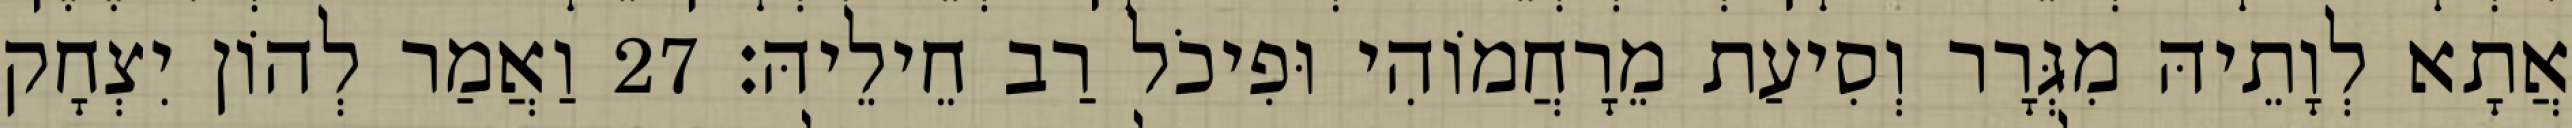
אֲתָא לְוָתֵיהּ מִגְּרָר וְסִיעַת מֵרָחֲמוֹהִי וּפִיכֹל רַב חֵילֵיהּ׃ 27 וַאֲמַר לְהוֹן יִצְחָק